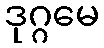
ဒုဂ္ဂမေ